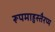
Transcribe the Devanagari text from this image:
रूपमाहुस्तैरप्य